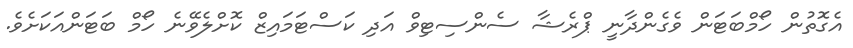
އެގޮތުން ހޯމްބަޓަން ވެގެންދާނީ ޕްރެޝާ ސެންސިޓިވް އަދި ކަސްޓަމައިޒް ކޮށްލެވޭނެ ހޯމް ބަޓަންއަކަށެވެ.